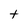
Character: t